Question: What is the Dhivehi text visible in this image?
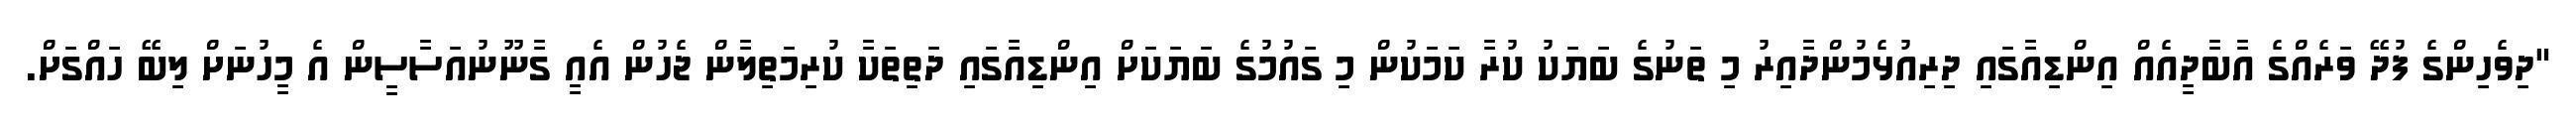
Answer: "ދިވެހިންގެ ފުދޭ ވަރެއްގެ އާބާދީއެއް އިންޑިއާގައި ދިރިއުޅެމުންދާއިރު މި ތަނުގެ ބަޔަކު ކުރާ ކަމަކުން މި ގައުމުގެ ބަޔަކަށް އިންޑިއާގައި ދަތިތަކާ ކުރިމަތިލާން ޖެހުން އެއީ ގާނޫނުއަސާސީން އެ މީހުނަށް ލިބޭ ހައްގަށް.